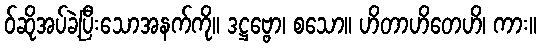
ဝ်ဆိုအပ်ခဲ့ပြီးသောအနက်ကို။ ဒဋ္ဌဗ္ဗော၊ စသော။ ဟိတာဟိတေဟိ၊ ကား။